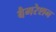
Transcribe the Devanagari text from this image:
बैगरेशन